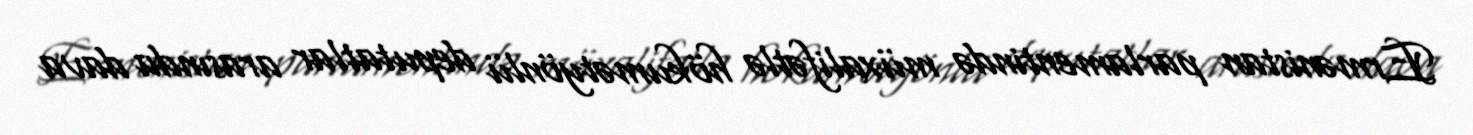
Ermənistan parlamentində müxalifətlə hökumətyönlü deputatlar arasında dava